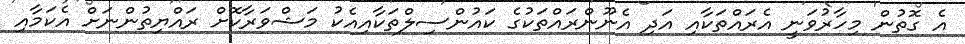
އެ ގޮތުން މިހާރުވަނީ އެރައްތަކާއި އަދި އެނޫންރައްތަކުގެ ކައުންސިލްތަކާއިއެކު މަޝްވަރާކޮށް ރައްޔިތުންނަށް އެކަމާއި